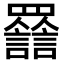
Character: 𧮀